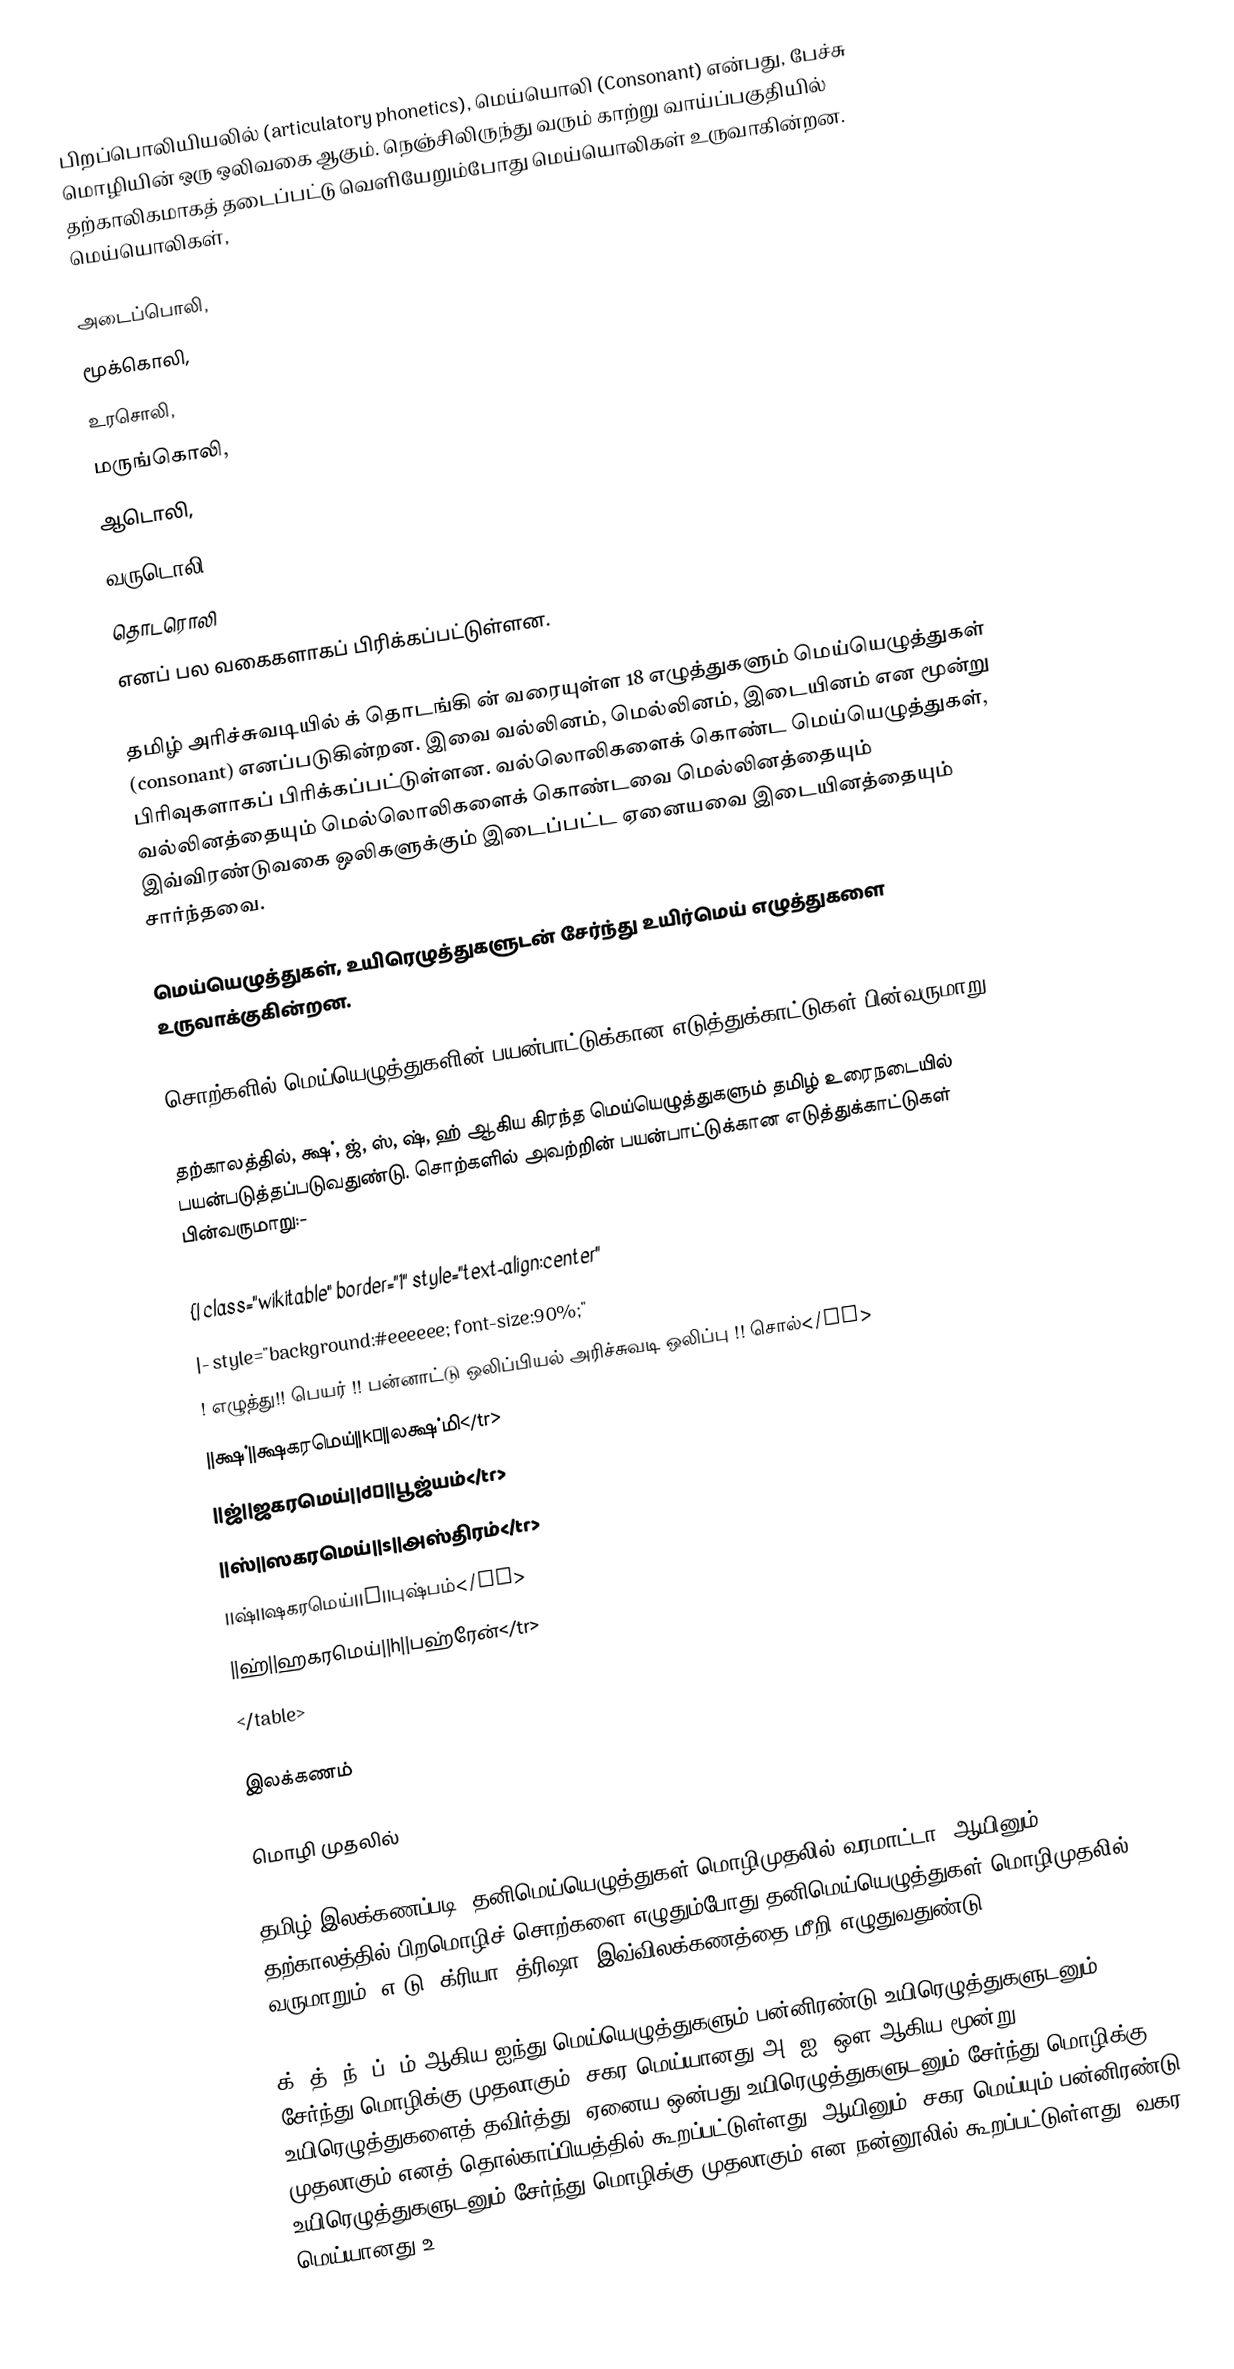
பிறப்பொலியியலில் (articulatory phonetics), மெய்யொலி (Consonant) என்பது, பேச்சு மொழியின் ஒரு ஒலிவகை ஆகும். நெஞ்சிலிருந்து வரும் காற்று வாய்ப்பகுதியில் தற்காலிகமாகத் தடைப்பட்டு வெளியேறும்போது மெய்யொலிகள் உருவாகின்றன. மெய்யொலிகள்,

 அடைப்பொலி,
 மூக்கொலி,
 உரசொலி,
 மருங்கொலி,
 ஆடொலி,
 வருடொலி,
 தொடரொலி
எனப் பல வகைகளாகப் பிரிக்கப்பட்டுள்ளன.

தமிழ் அரிச்சுவடியில் க் தொடங்கி ன் வரையுள்ள 18 எழுத்துகளும் மெய்யெழுத்துகள் (consonant) எனப்படுகின்றன. இவை வல்லினம், மெல்லினம், இடையினம்  என மூன்று பிரிவுகளாகப் பிரிக்கப்பட்டுள்ளன. வல்லொலிகளைக் கொண்ட மெய்யெழுத்துகள், வல்லினத்தையும் மெல்லொலிகளைக் கொண்டவை மெல்லினத்தையும் இவ்விரண்டுவகை ஒலிகளுக்கும் இடைப்பட்ட ஏனையவை இடையினத்தையும் சார்ந்தவை.

மெய்யெழுத்துகள், உயிரெழுத்துகளுடன் சேர்ந்து உயிர்மெய் எழுத்துகளை உருவாக்குகின்றன.

சொற்களில் மெய்யெழுத்துகளின் பயன்பாட்டுக்கான எடுத்துக்காட்டுகள் பின்வருமாறு:-

தற்காலத்தில், க்ஷ், ஜ், ஸ், ஷ், ஹ் ஆகிய கிரந்த மெய்யெழுத்துகளும் தமிழ் உரைநடையில் பயன்படுத்தப்படுவதுண்டு. சொற்களில் அவற்றின் பயன்பாட்டுக்கான எடுத்துக்காட்டுகள் பின்வருமாறு:-

{| class="wikitable" border="1" style="text-align:center"
|- style="background:#eeeeee; font-size:90%;"
! எழுத்து!! பெயர் !! பன்னாட்டு ஒலிப்பியல் அரிச்சுவடி ஒலிப்பு !! சொல்</tr>
||க்ஷ்||க்ஷகரமெய்||kʂ||லக்ஷ்மி</tr>
||ஜ்||ஜகரமெய்||dʒ||பூஜ்யம்</tr>
||ஸ்||ஸகரமெய்||s||அஸ்திரம்</tr>
||ஷ்||ஷகரமெய்||ʂ||புஷ்பம்</tr>
||ஹ்||ஹகரமெய்||h||பஹ்ரேன்</tr>
</table>

இலக்கணம்

மொழி முதலில்

தமிழ் இலக்கணப்படி, தனிமெய்யெழுத்துகள் மொழிமுதலில் வரமாட்டா. ஆயினும், தற்காலத்தில் பிறமொழிச் சொற்களை எழுதும்போது தனிமெய்யெழுத்துகள் மொழிமுதலில் வருமாறும் (எ-டு: க்ரியா, த்ரிஷா) இவ்விலக்கணத்தை மீறி எழுதுவதுண்டு.

க், த், ந், ப், ம் ஆகிய ஐந்து மெய்யெழுத்துகளும் பன்னிரண்டு உயிரெழுத்துகளுடனும் சேர்ந்து மொழிக்கு முதலாகும். சகர மெய்யானது அ, ஐ, ஔ ஆகிய மூன்று உயிரெழுத்துகளைத் தவிர்த்து, ஏனைய ஒன்பது உயிரெழுத்துகளுடனும் சேர்ந்து மொழிக்கு முதலாகும் எனத் தொல்காப்பியத்தில் கூறப்பட்டுள்ளது. ஆயினும், சகர மெய்யும் பன்னிரண்டு உயிரெழுத்துகளுடனும் சேர்ந்து மொழிக்கு முதலாகும் என நன்னூலில் கூறப்பட்டுள்ளது. வகர மெய்யானது உ,